Black-water fever - Number 35
Disease focus: Fever
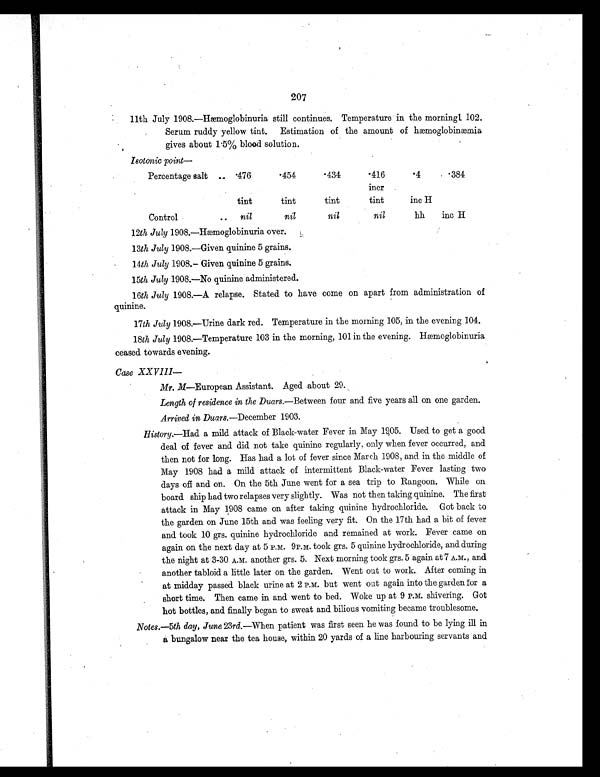
207
11th July 1908.—Hæmoglobinuria still continues. Temperature in the morningl 102.
Serum ruddy yellow tint. Estimation of the amount of hæmoglobinæmia
gives about 1.5% blood solution.
Isotonic point—
Percentage salt .. . 4 7 6
.454
.434
.416
.4
.384
incr
tint
tint
tint
tint
inc H
Control
.. nil
nil
nil
nil
hh
inc H
12th July 1908.—Hæmoglobinuria over.
13th July 1908.—Given quinine 5 grains.
14th July 1908.–Given quinine 5 grains.
15th July 1908.—No quinine administered.
16th July 1908.—A relapse. Stated to have come on apart from administration of
quinine.
17th July 1908.—Urine dark red. Temperature in the morning 105, in the evening 104.
18th July 1908.—Temperature 103 in the morning, 101 in the evening. Hæmoglobinuria
ceased towards evening.
Case XXVIII
—
Mr. M—European Assistant. Aged about 29.
Length of residence in the Duars. —Between four and five years all on one garden.
Arrived in Duars. —December 1903.
History.—Had a mild attack of Black-water Fever in May 1905. Used to get a good
deal of fever and did not take quinine regularly, only when fever occurred, and
then not for long. Has had a lot of fever since March 1908, and in the middle of
May 1908 had a mild attack of intermittent Black-water Fever lasting two
days off and on. On the 5th June went for a sea trip to Rangoon. While on
board ship had two relapses very slightly. Was not then taking quinine. The first
attack in May 1908 came on after taking quinine hydrochloride. Got back to
the garden on June 15th and was feeling very fit. On the 17th had a bit of fever
and took 10 grs. quinine hydrochloride and remained at work. Fever came on
again on the next day at 5 P.M. 9P.M. took grs. 5 quinine hydrochloride, and during
the night at 3-30 A.M. another grs. 5. Next morning took grs. 5 again at 7 A.M., and
another tabloid a little later on the garden. Went out to work. After coming in
at midday passed black urine at 2 P.M. but went out again into the garden for a
short time. Then came in and went to bed. Woke up at 9 P.M. shivering. Got
hot bottles, and finally began to sweat and bilious vomiting became troublesome.
Notes.— 5th day, June 23rd.—When patient was first seen he was found to be lying ill in
a bungalow near the tea house, within 20 yards of a line harbouring servants and